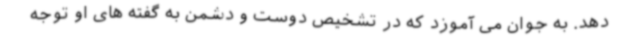
دهد. به جوان می آموزد که در تشخیص دوست و دشمن به گفته های او توجه